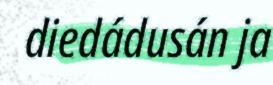
diedádusán ja